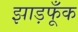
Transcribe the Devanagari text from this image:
झाड़फूँक